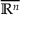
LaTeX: \overline { { \mathbb { R } ^ { n } } }